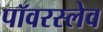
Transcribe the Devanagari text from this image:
पॉवरस्लेव